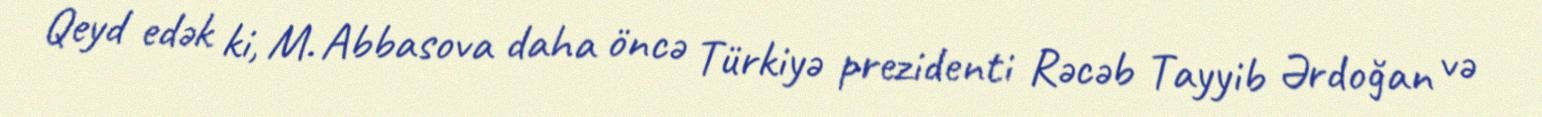
Qeyd edək ki, M. Abbasova daha öncə Türkiyə prezidenti Rəcəb Tayyib Ərdoğan və